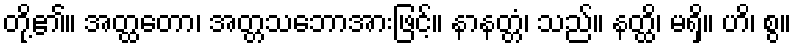
တို့၏။ အတ္ထတော၊ အတ္တသဘောအားဖြင့်။ နာနတ္တံ၊ သည်။ နတ္ထိ၊ မရှိ။ ဟိ၊ စွ။